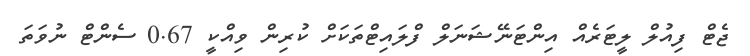
ޖެޓް ފިއުލް ލީޓަރެއް އިންޓަނޭޝަނަލް ފްލައިޓްތަކަށް ކުރިން ވިއްކީ 0.67 ސެންޓް ނުވަތަ